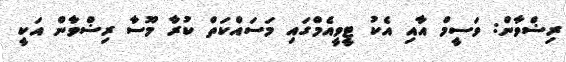
ރިޟްވާން: ވަސީމް އާއި އެކު ޓީވީއެމްގައި މަސައްކަތް ކުރާ މޫސާ ރިޟްވާން އަކީ